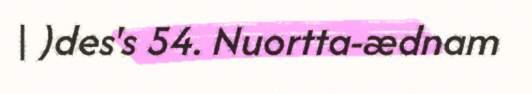
| )des's 54. Nuortta-ædnam